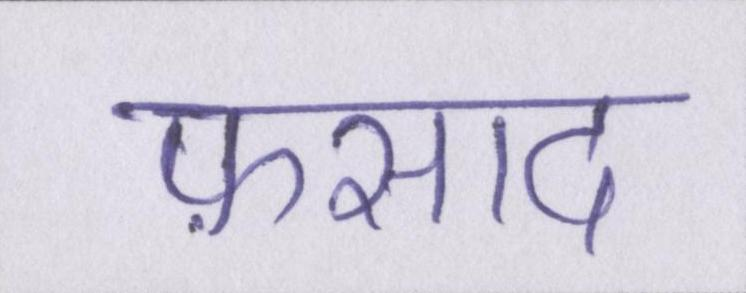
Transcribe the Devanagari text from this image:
फ़साद